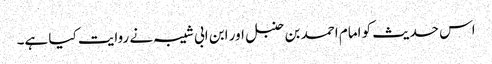
اس حدیث کو امام احمد بن حنبل اور ابن ابی شیبہ نے روایت کیا ہے۔